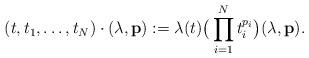
LaTeX: \begin{align*}(t,t_1,\dots,t_N)\cdot (\lambda,\mathbf p):=\lambda(t)\big(\prod_{i=1}^N t_i^{p_i}\big)(\lambda,\mathbf p).\end{align*}